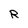
Character: R